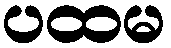
ပထမ